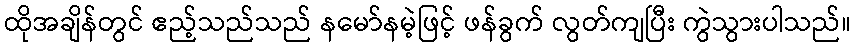
ထိုအချိန်တွင် ဧည့်သည်သည် နမော်နမဲ့ဖြင့် ဖန်ခွက် လွတ်ကျပြီး ကွဲသွားပါသည်။